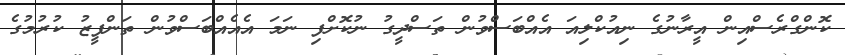
ކޮންގްރެސްއިން އީރާނުގެ ނިއުކްލިއަ އެއްބަސްވުން ތަސްދީގު ނުކޮށްފި ނަމަ އެއެއްބަސްވުން ތަންފީޒު ކުރުމުގެ